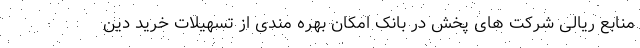
منابع ریالی شرکت های پخش در بانک امکان بهره مندی از تسهیلات خرید دین